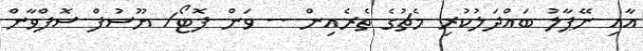
އާއި ނޭޕާލު ބައްދަލުކުރި މެޗުގެ ތެރެއިން -- ވަން ފޮޓޯ/ ޔޫސުފް ސޮފްވާން